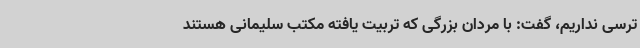
ترسی نداریم، گفت: با مردان بزرگی که تربیت یافته مکتب سلیمانی هستند